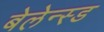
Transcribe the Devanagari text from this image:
बेलेन्स्ड